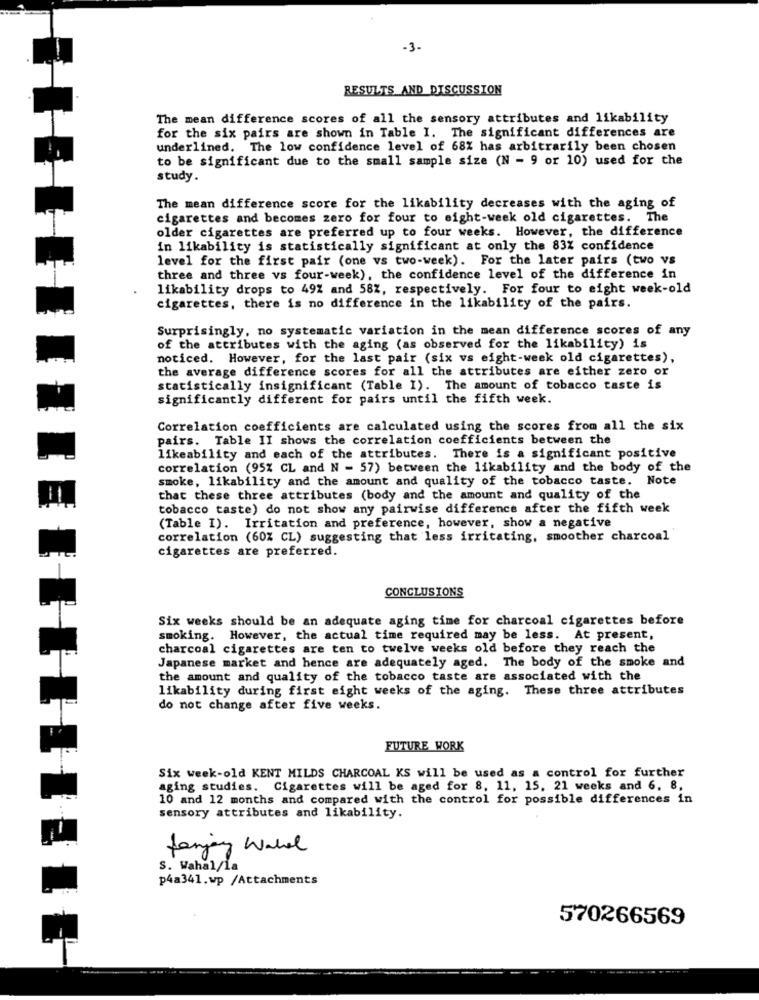
-3-
RESULTS AND DISCUSSION
The mean difference scores of all the sensory attributes and likability
for the six pairs are shown in Table I. The significant differences are
underlined. The low confidence level of 68% has arbitrarily been chosen
to be significant due to the small sample size (N - 9 or 10) used for the
study.
The mean difference score for the likability decreases with the aging of
cigarettes and becomes zero for four to eight-week old cigarettes. The
older cigarettes are preferred up to four weeks. However, the difference
in likability is statistically significant at only the 83% confidence
level for the first pair (one vs two-week). For the later pairs (two vs
three and three vs four-week), the confidence level of the difference in
likability drops to 49% and 58%, respectively. For four to eight week-old
cigarettes, there is no difference in the likability of the pairs.
Surprisingly, no systematic variation in the mean difference scores of any
of the attributes with the aging (as observed for the likability) is
noticed. However, for the last pair (six vs eight-week old cigarettes),
the average difference scores for all the attributes are either zero or
statistically insignificant (Table I). The amount of tobacco taste is
significantly different for pairs until the fifth week.
Correlation coefficients are calculated using the scores from all the six
pairs. Table II shows the correlation coefficients between the
likeability and each of the attributes. There is a significant positive
correlation (95% CL and N = 57) between the likability and the body of the
smoke, likability and the amount and quality of the tobacco taste. Note
that these three attributes (body and the amount and quality of the
tobacco taste) do not show any pairwise difference after the fifth week
(Table I). Irritation and preference, however, show a negative
correlation (60% CL) suggesting that less irritating, smoother charcoal
cigarettes are preferred.
CONCLUSIONS
Six weeks should be an adequate aging time for charcoal cigarettes before
smoking. However, the actual time required may be less. At present,
charcoal cigarettes are ten to twelve weeks old before they reach the
Japanese market and hence are adequately aged. The body of the smoke and
the amount and quality of the tobacco taste are associated with the
likability during first eight weeks of the aging. These three attributes
do not change after five weeks.
FUTURE WORK
Six week-old KENT MILDS CHARCOAL KS will be used as a control for further
aging studies. Cigarettes will be aged for 8, 11, 15. 21 weeks and 6, 8,
10 and 12 months and compared with the control for possible differences in
sensory attributes and likability.
Sanjay Warel
S. Wahal/1a
p4a341.wp /Attachments
570266569